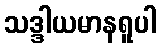
သဒ္ဒါယမာနရူပါ